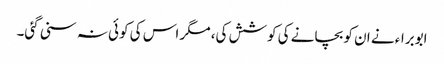
ابوبراء نے ان کو بچانے کی کوشش کی، مگر اس کی کوئی نہ سنی گئی۔